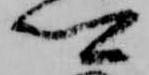
卿